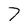
Character: 7